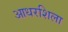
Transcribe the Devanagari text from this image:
आधरशिला